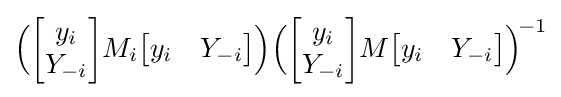
{\Big (}{\begin{bmatrix}y_{i}\\Y_{-i}\end{bmatrix}}M_{i}{\begin{bmatrix}y_{i}&Y_{-i}\end{bmatrix}}{\Big )}{\Big (}{\begin{bmatrix}y_{i}\\Y_{-i}\end{bmatrix}}M{\begin{bmatrix}y_{i}&Y_{-i}\end{bmatrix}}{\Big )}^{\!-1}